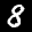
Label: 8